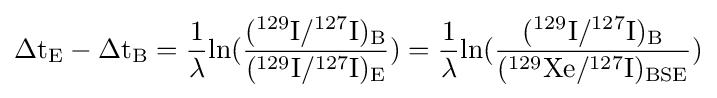
{\rm {\Delta t_{E}-\Delta t_{B}={\frac {1}{\lambda }}ln({\frac {(^{129}I/^{127}I)_{B}}{(^{129}I/^{127}I)_{E}}})={\frac {1}{\lambda }}ln({\frac {(^{129}I/^{127}I)_{B}}{(^{129}Xe/^{127}I)_{BSE}}})}}